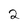
Character: 2